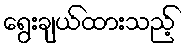
ရွေးချယ်ထားသည့်